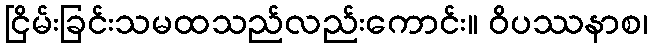
ငြိမ်းခြင်းသမထသည်လည်းကောင်း။ ဝိပဿနာစ၊